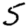
Digit: 5